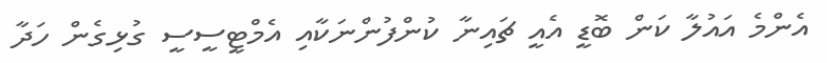
އެންމެ އައުލާ ކަން ބޮޑީ އެއީ ޗައިނާ ކުންފުންނަކާއި އެމްޓީސީސީ ގުޅިގެން ހަދާ